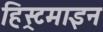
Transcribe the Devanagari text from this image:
हिस्र्टमाइन